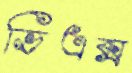
ভিএক্স